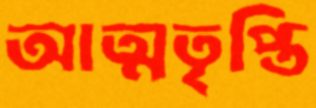
আত্মতৃপ্তি